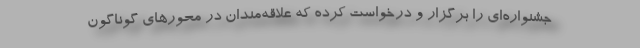
جشنواره‌ای را برگزار و درخواست کرده که علاقه‌مندان در محورهای گوناگون